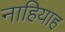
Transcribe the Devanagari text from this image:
नाहियाह